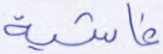
غاشية